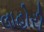
લાહોરી